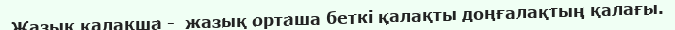
Жазық қалақша -  жазық орташа беткі қалақты доңғалақтың қалағы.